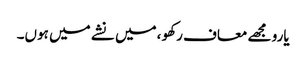
یارو مجھے معاف رکھو ،میں نشے میں ہوں۔